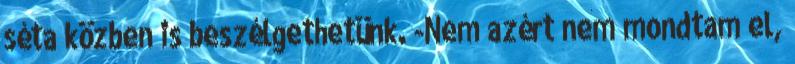
séta közben is beszélgethetünk. -Nem azért nem mondtam el,